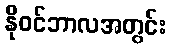
နိုဝင်ဘာလအတွင်း